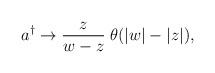
LaTeX: \begin{align*}a^{\dagger }\rightarrow \frac z{w-z}\;\theta (|w|-|z|),\end{align*}